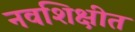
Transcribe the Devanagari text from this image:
नवशिक्षीत